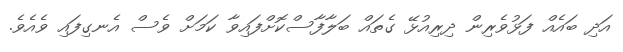
އަދި ބައެއް ފަޅުވެރިން ދިރިއުޅޭ ގެތައް ބަލާފާސްކޮށްފައިވާ ކަމަށް ވެސް އެނގިފައި ވެއެވެ.